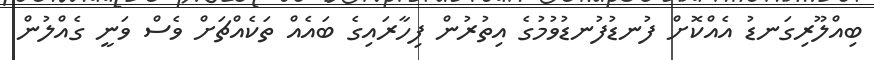
ބިއްލޫރިގަނޑު އެއްކޮށް ފުނޑުފުނޑުވުމުގެ އިތުރުން ފިހާރައިގެ ބައެއް ތަކެއްޗަށް ވެސް ވަނީ ގެއްލުން